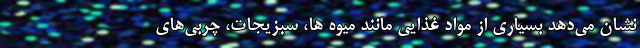
نشان می‌دهد بسیاری از مواد غذایی مانند میوه ها، سبزیجات، چربی‌های